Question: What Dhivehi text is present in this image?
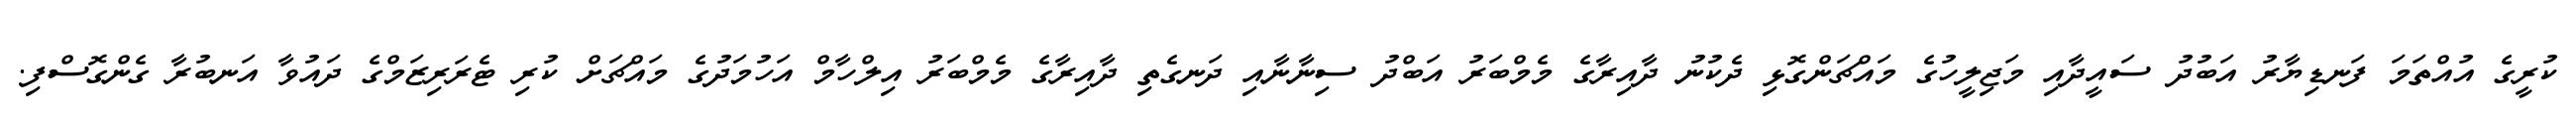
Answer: ކުރީގެ އުއްތަމަ ފަނޑިޔާރު އަބުދު ސައީދާއި މަޖިލީހުގެ މައްޗަންގޮޅި ދެކުނު ދާއިރާގެ މެމްބަރު އަބްދު ސިނާނާއި ދަނގެތި ދާއިރާގެ މެމްބަރު އިލްހާމް އަހުމަދުގެ މައްޗަށް ކުރި ޓެރަރިޒަމްގެ ދައުވާ އަނބުރާ ގެންގޮސްފި.